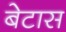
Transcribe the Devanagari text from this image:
बेटास